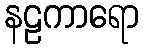
နဠကာရော